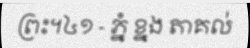
ព្រះ។៤១ - ភ្នំ ខ្នង តាគល់